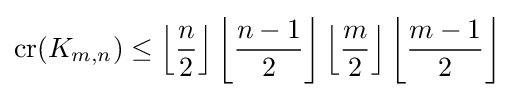
{\textrm {cr}}(K_{m,n})\leq \left\lfloor {\frac {n}{2}}\right\rfloor \left\lfloor {\frac {n-1}{2}}\right\rfloor \left\lfloor {\frac {m}{2}}\right\rfloor \left\lfloor {\frac {m-1}{2}}\right\rfloor